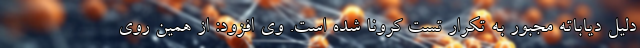
دلیل دیاباته مجبور به تکرار تست کرونا شده است. وی افزود: از همین روی